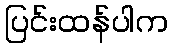
ပြင်းထန်ပါက